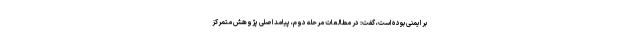
بر ایمنی بوده است، گفت: در مطالعات مرحله دوم، پیامد اصلی پژوهش متمرکز